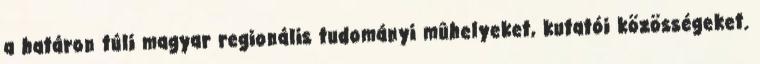
a határon túli magyar regionális tudományi mûhelyeket, kutatói közösségeket.